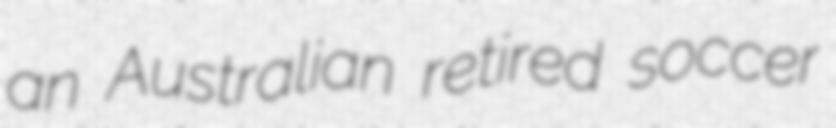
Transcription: an Australian retired soccer